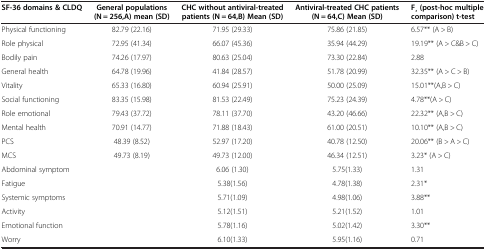
<table><thead><tr><td><b>SF-36 domains &amp; CLDQ</b></td><td><b>General populations (N = 256,A) mean (SD)</b></td><td><b>CHC without antiviral-treated patients (N = 64,B) Mean (SD)</b></td><td><b>Antiviral-treated CHC patients (N = 64,C) Mean (SD)</b></td><td><b>F ̧ (post-hoc multiple comparison) t-test</b></td></tr></thead><tbody><tr><td>Physical functioning</td><td>82.79 (22.16)</td><td>71.95 (29.33)</td><td>75.86 (21.85)</td><td>6.57** (A &gt; B)</td></tr><tr><td>Role physical</td><td>72.95 (41.34)</td><td>66.07 (45.36)</td><td>35.94 (44.29)</td><td>19.19** (A &gt; C&amp;B &gt; C)</td></tr><tr><td>Bodily pain</td><td>74.26 (17.97)</td><td>80.63 (25.04)</td><td>73.30 (22.84)</td><td>2.88</td></tr><tr><td>General health</td><td>64.78 (19.96)</td><td>41.84 (28.57)</td><td>51.78 (20.99)</td><td>32.35** (A &gt; C &gt; B)</td></tr><tr><td>Vitality</td><td>65.33 (16.80)</td><td>60.94 (25.91)</td><td>50.00 (25.09)</td><td>15.01**(A,B &gt; C)</td></tr><tr><td>Social functioning</td><td>83.35 (15.98)</td><td>81.53 (22.49)</td><td>75.23 (24.39)</td><td>4.78**(A &gt; C)</td></tr><tr><td>Role emotional</td><td>79.43 (37.72)</td><td>78.11 (37.70)</td><td>43.20 (46.66)</td><td>22.32** (A,B &gt; C)</td></tr><tr><td>Mental health</td><td>70.91 (14.77)</td><td>71.88 (18.43)</td><td>61.00 (20.51)</td><td>10.10** (A,B &gt; C)</td></tr><tr><td>PCS</td><td>48.39 (8.52)</td><td>52.97 (17.20)</td><td>40.78 (12.50)</td><td>20.06** (B &gt; A &gt; C)</td></tr><tr><td>MCS</td><td>49.73 (8.19)</td><td>49.73 (12.00)</td><td>46.34 (12.51)</td><td>3.23* (A &gt; C)</td></tr><tr><td>Abdominal symptom</td><td> </td><td>6.06 (1.30)</td><td>5.75(1.33)</td><td>1.31</td></tr><tr><td>Fatigue</td><td> </td><td>5.38(1.56)</td><td>4.78(1.38)</td><td>2.31*</td></tr><tr><td>Systemic symptoms</td><td> </td><td>5.71(1.09)</td><td>4.98(1.06)</td><td>3.88**</td></tr><tr><td>Activity</td><td> </td><td>5.12(1.51)</td><td>5.21(1.52)</td><td>1.01</td></tr><tr><td>Emotional function</td><td> </td><td>5.78(1.16)</td><td>5.02(1.42)</td><td>3.30**</td></tr><tr><td>Worry</td><td> </td><td>6.10(1.33)</td><td>5.95(1.16)</td><td>0.71</td></tr></tbody></table>